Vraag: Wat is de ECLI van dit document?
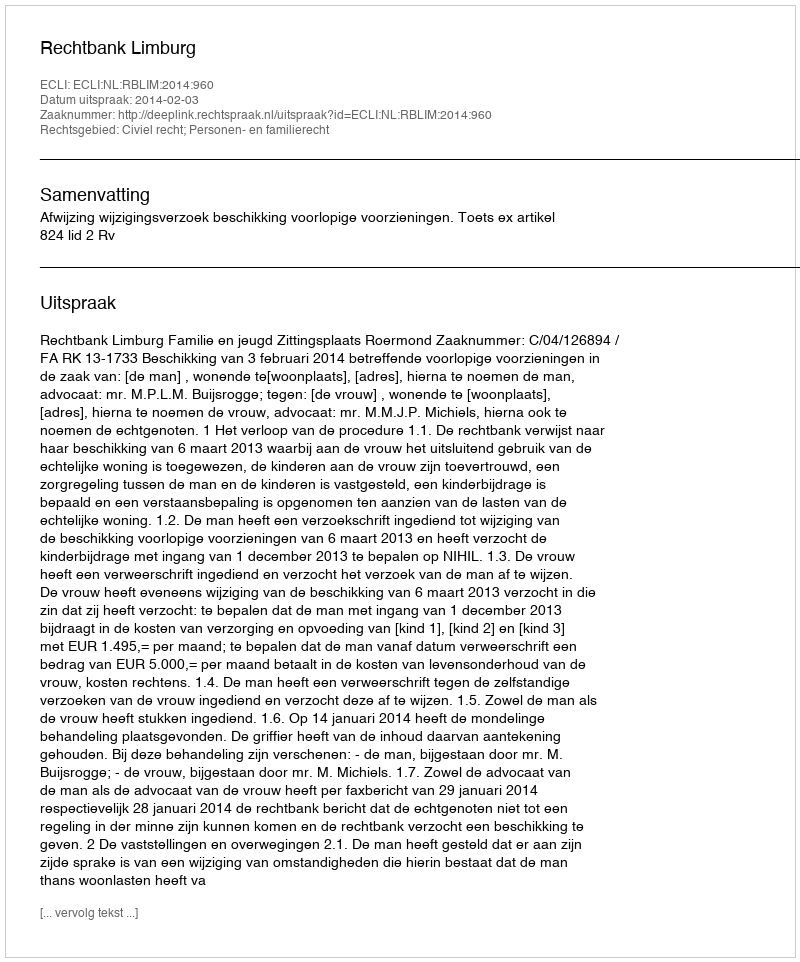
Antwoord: ECLI:NL:RBLIM:2014:960